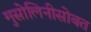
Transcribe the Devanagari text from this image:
मुसोलिनीसोबत